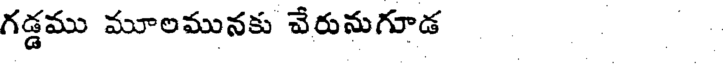
గడ్డము మూలమునకు వేరునుగూడ